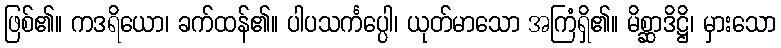
ဖြစ်၏။ ကဒရိယော၊ ခက်ထန်၏။ ပါပသင်္ကပ္ပေါ၊ ယုတ်မာသော အကြံရှိ၏။ မိစ္ဆာဒိဋ္ဌိ၊ မှားသော